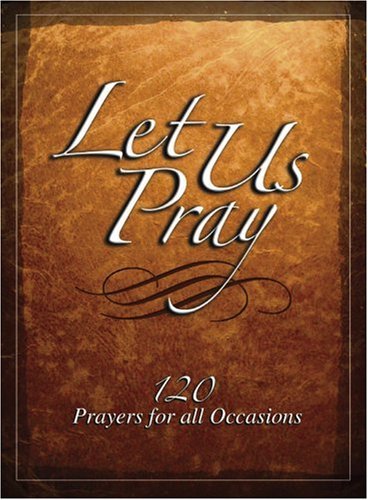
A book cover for Let Us Pray: 120 Prayers for All Occasions; David Clowes; Religion & Spirituality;